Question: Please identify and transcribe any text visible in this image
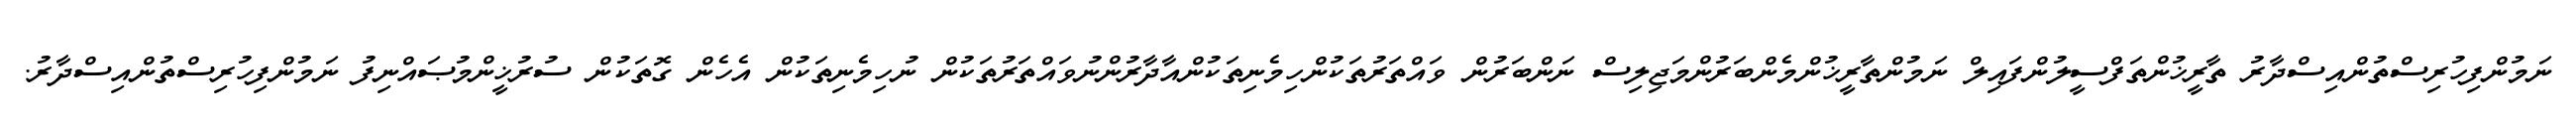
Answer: ނަމުންފިހުރިސްތުންއިސްދާރު ތާރީޚުންތަފްސީލުންފައިލް ނަމުންތާރީޚުންމެންބަރުންމަޖިލިސް ނަންބަރުން ވައްތަރުތަކުންހިމެނިތަކުންއާދާރުންނުވައްތަރުތަކުން ނުހިމެނިތަކުން އެހެން ގޮތަކުން ސުރުޚީންމުޞައްނިފު ނަމުންފިހުރިސްތުންއިސްދާރު.